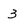
Character: 3